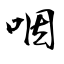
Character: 咽